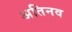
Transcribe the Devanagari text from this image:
अतिनव